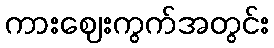
ကားဈေးကွက်အတွင်း